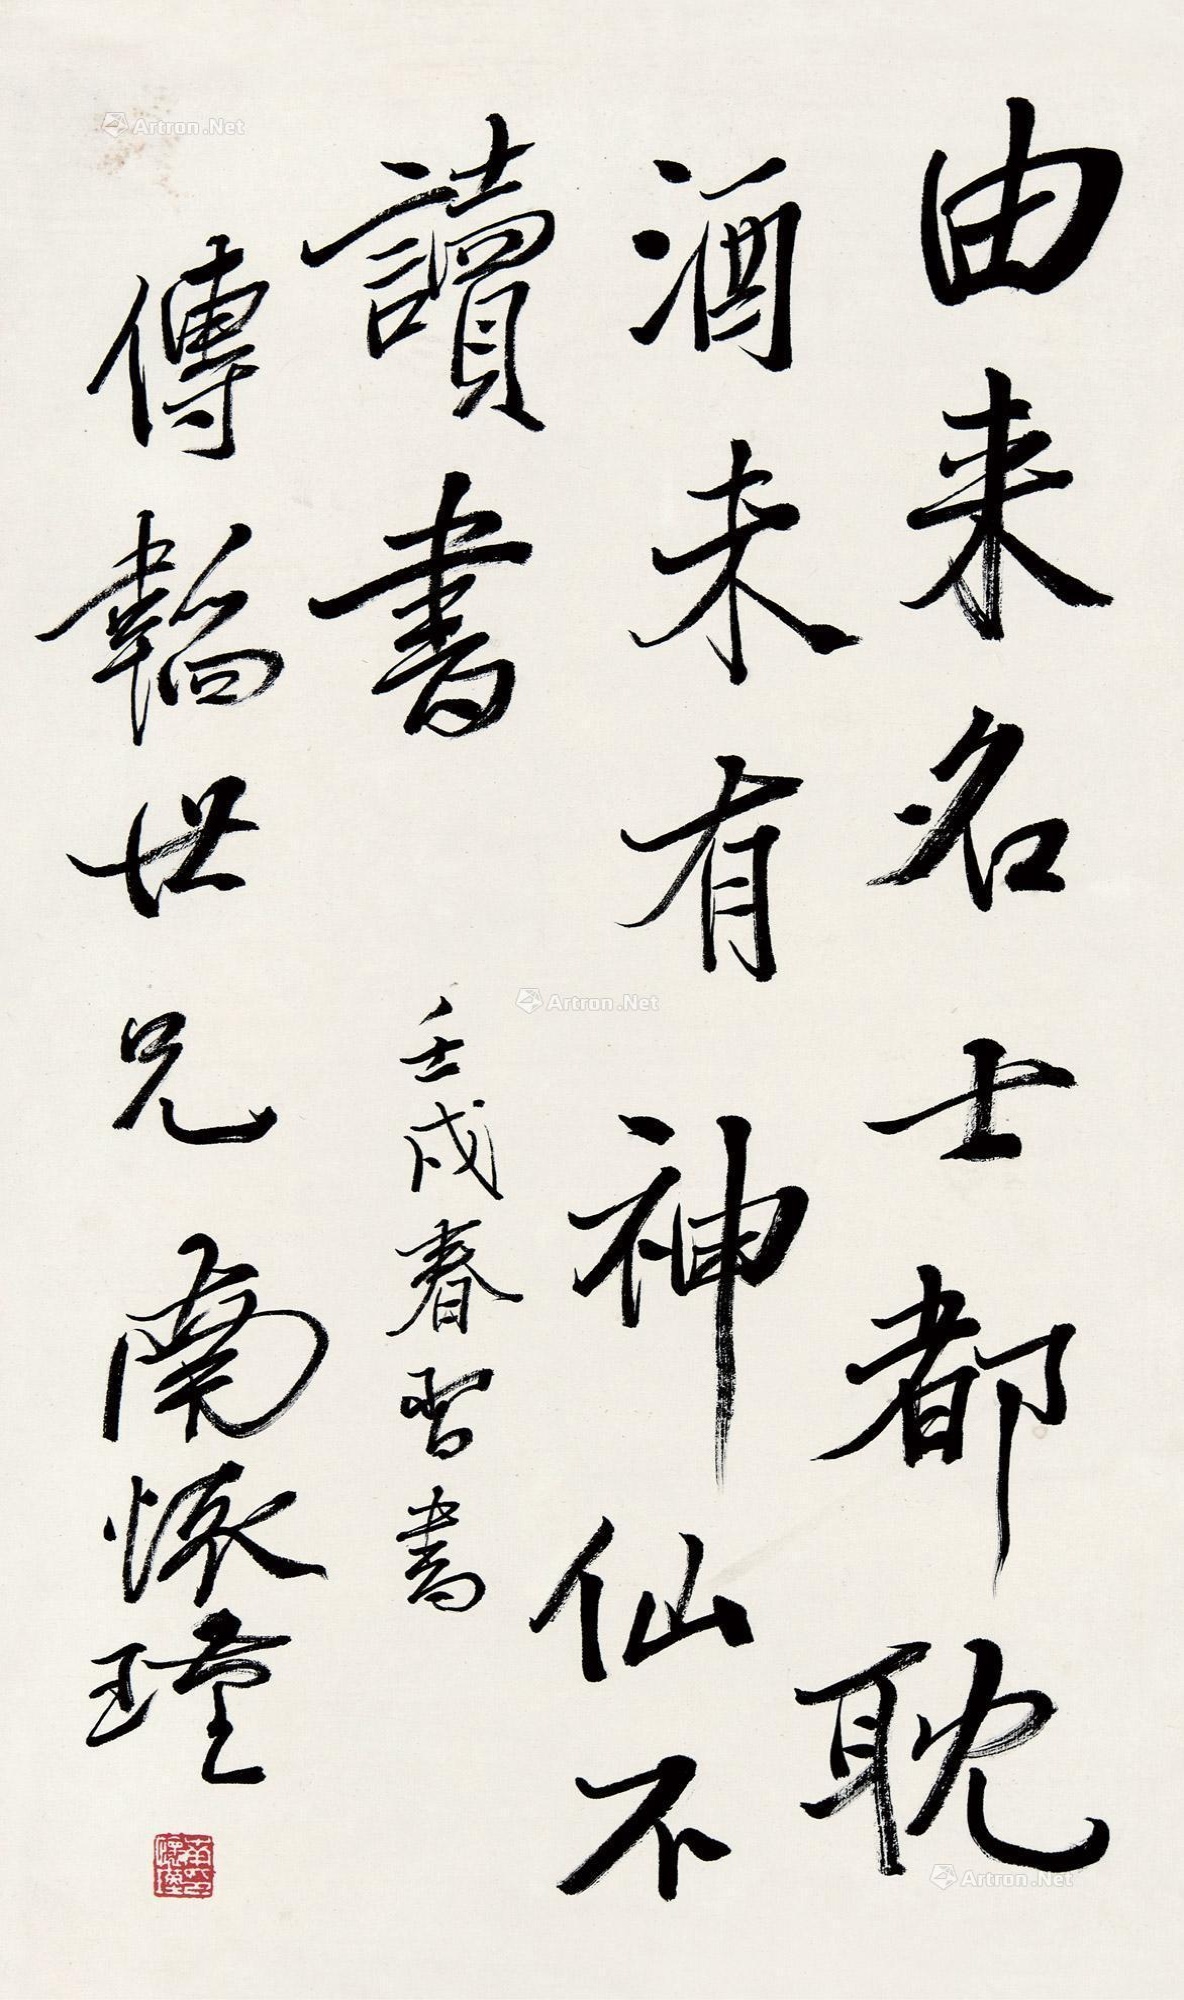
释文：由来名士都耽酒，未有神仙不读书。壬戌春习书传韬世兄，南怀瑾。